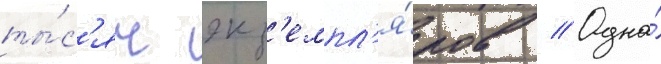
ты́с'яч экз'емпл'я́ров // Одна́